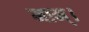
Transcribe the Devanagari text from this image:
माम्।